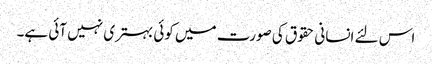
اس لئے انسانی حقوق کی صورت میں کوئی بہتری نہیں آئی ہے۔